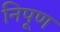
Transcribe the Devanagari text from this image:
निपूण